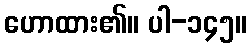
ဟောထား၏။ ပါ-၁၄၅။